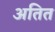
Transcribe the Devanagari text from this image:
अतित